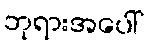
ဘုရားအပေါ်